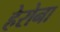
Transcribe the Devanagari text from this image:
हेरोना